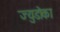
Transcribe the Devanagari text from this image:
ज्युडोका